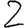
Digit: 2